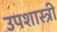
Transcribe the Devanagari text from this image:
उपशास्त्री